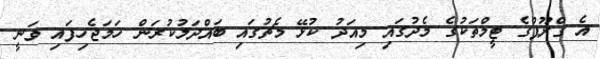
އެ ގްރޫޕްގެ ޓީމްތަކުގެ މެދުގައި މިއަދު ކުޅޭ މެޗުގައި ބައްދަލުކުރަން ހަމަޖެހިފައި ވަނީ